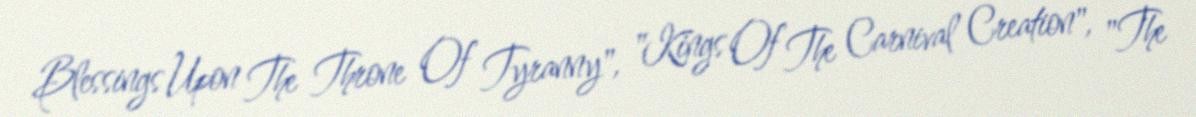
Blessings Upon The Throne Of Tyranny", "Kings Of The Carnival Creation", "The